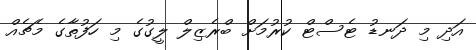
އަދި މި ދަނޑު ޓެސްޓް ކުރުމަށް ބްރެޒިލް ލީގުގެ މި ހަފުތާގެ މެޗެއް